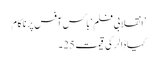
’انقلابی فلم ‘باکس آفس پر ناکام
کیا ڈالر کی قیمت 25۔